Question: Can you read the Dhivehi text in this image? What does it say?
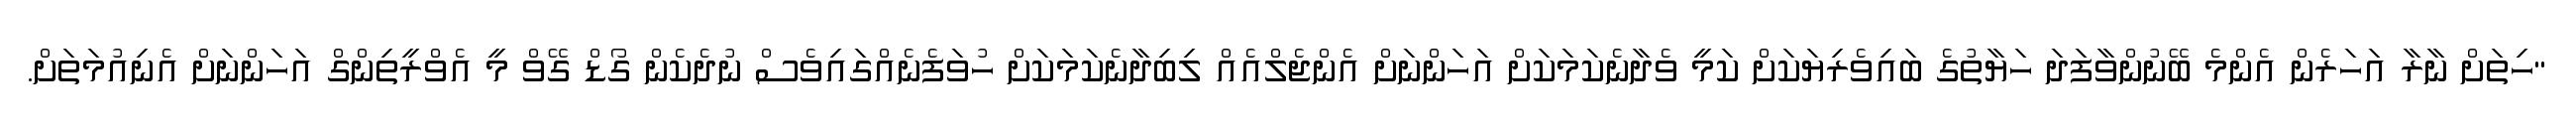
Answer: "ހިތަށް ނާރާ އަހަރެން އެންމެ ބޭނުންވާފަދަ ހަޔާތުގެ ބައިވެރިޔަކަށް ކަމީ ވެދާނެކަމަކަށް އަހަންނަށް އެންޖެލްއެއް ލިބިދާނެކަމަކަށް ހުވަފެނެއްގައިވެސް ނުދެކެން ގޯޑް ގޭވް މީ އެވްރީތިންގް އަހަންނަށް އެނިއުމަތަށް.